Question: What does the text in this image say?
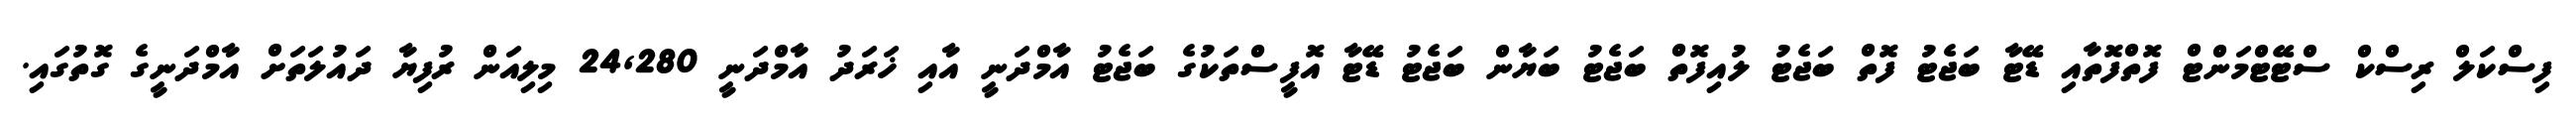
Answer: ފިސްކަލް ރިސްކް ސްޓޭޓްމަންޓް ފޮތްފޮތާއި ޑޭޓާ ބަޖެޓު ފޮތް ބަޖެޓު ލުއިފޮތް ބަޖެޓު ބަޔާން ބަޖެޓު ޑޭޓާ އޮފީސްތަކުގެ ބަޖެޓު އާމްދަނީ އާއި ޚަރަދު އާމްދަނީ 24,280 މިލިއަން ރުފިޔާ ދައުލަތަށް އާމްދަނީގެ ގޮތުގައި.